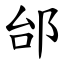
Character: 邰